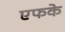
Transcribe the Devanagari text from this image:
एफके